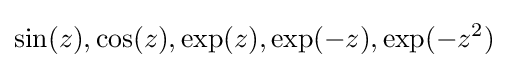
\sin(z),\cos(z),\exp(z),\exp(-z),\exp(-z^{2})